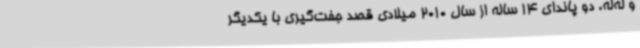
و له‌له، دو پاندای 14 ساله از سال 2010 میلادی قصد جفت‌گیری با یکدیگر